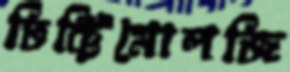
ভিক্টিমোলজি